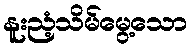
နူးညံ့သိမ်မွေ့သော